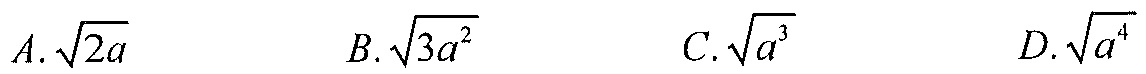
\(A.\sqrt{2a}\) \(\hspace{2em}B.\sqrt{3a^{2}}\) \(\hspace{2em}C.\sqrt{a^{3}}\) \(\hspace{2em}D.\sqrt{a^{4}}\)